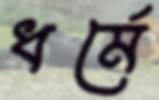
ধর্মে